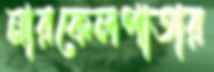
নারকেলপাতার